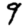
Digit: 9